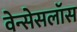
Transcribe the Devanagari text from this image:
वेन्सेसलॉस